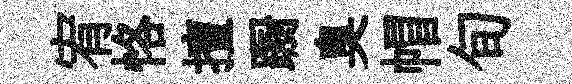
宥恪擅蹰臭帽旬